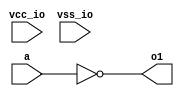
// SPDX-License-Identifier: Apache-2.0
// Copyright (C) 2019 Intel Corporation. 


module aibnd_dcc_dly_inv ( a, o1, vcc_io, vss_io );

  input a;
  output o1;
  input vss_io;
  input vcc_io;


  assign o1 = ~a ;

endmodule